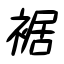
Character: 裾